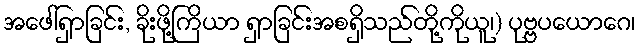
အဖေါ်ရှာခြင်း, ခိုးဖို့ကြိယာ ရှာခြင်းအစရှိသည်တို့ကိုယူ၊) ပုဗ္ဗပယောဂေ၊